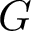
G